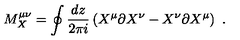
M _ { X } ^ { \mu \nu } = \oint { \frac { d z } { 2 \pi i } } \left( X ^ { \mu } \partial X ^ { \nu } - X ^ { \nu } \partial X ^ { \mu } \right) \ .